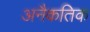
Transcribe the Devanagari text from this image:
अनैकतिक